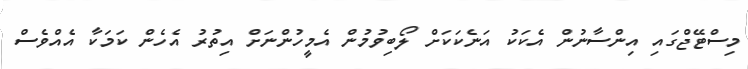
މިސްޓޭޖްގައި އިންސާނުން އެކަކު އަނެކަކަށް ލޯބިވުމުން އެމީހުންނަށް އިތުރު އެހެން ކަމަކާ އެއްވެސް